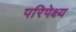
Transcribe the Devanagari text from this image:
परिपेक्ष्‍य